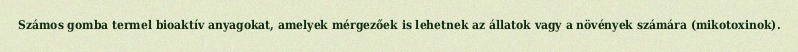
Számos gomba termel bioaktív anyagokat, amelyek mérgezőek is lehetnek az állatok vagy a növények számára (mikotoxinok).